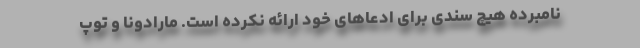
نامبرده هیچ سندی برای ادعاهای خود ارائه نکرده است. مارادونا و توپ